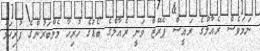
ނަމަވެސް ރެއާލްގެ ރައީސް ޕެރޭޒް ވަނީ ރެއާލްގެ ބޯޑުގެ ހުރިހާ މެމްބަރުންގެ ފުރިހަމަ